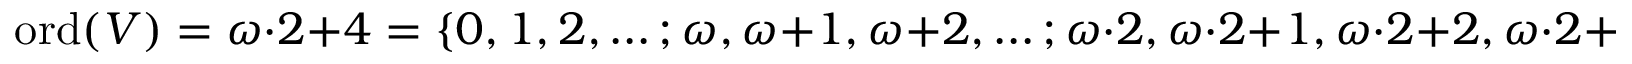
\operatorname { o r d } ( V ) = \omega \cdot 2 + 4 = \{ 0 , 1 , 2 , \ldots ; \omega , \omega + 1 , \omega + 2 , \ldots ; \omega \cdot 2 , \omega \cdot 2 + 1 , \omega \cdot 2 + 2 , \omega \cdot 2 + 3 \} ,